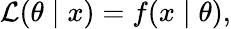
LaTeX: {\mathcal{L}}(\theta\mid x)=f(x\mid\theta),